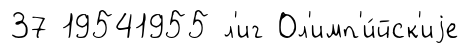
37 19541955 л'иг Ол'имп'и́йск'иjе